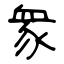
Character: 衆